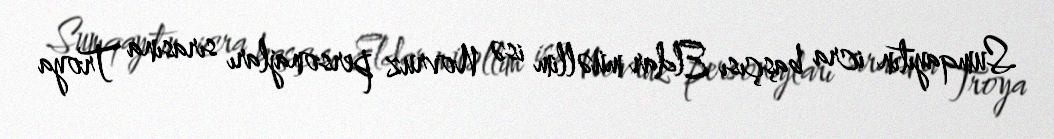
Sumqayıtın icra başçısı Eldar müəllim isə Novruz personajları sırasına Troya